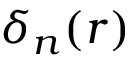
\delta _ { n } ( r )